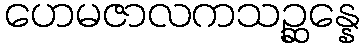
ဟေမဇာလကသဉ္ဆန္နေ